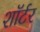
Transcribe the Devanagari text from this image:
शॉर्टर